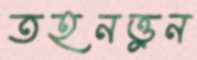
তহনত্তুন